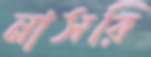
নাসরি